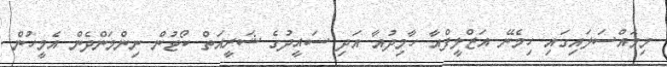
މިމައްސަލައިގައި ހިމެނޭ އަޒްލީފްއާ ހާމިދުއާ އަދި ސައީދުގެ ޝަރީއަތް ކޯޓުން ނިންމަންދެން އެމީހުން